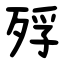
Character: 殍